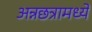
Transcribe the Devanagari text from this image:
अन्नछत्रामध्ये